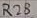
Text: R28